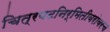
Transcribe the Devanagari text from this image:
चित्रपटनिर्मितीबरोबरच